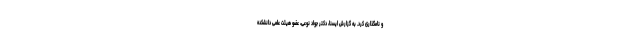
و نامگذاری کرد. به گزارش ایسنا، دکتر جواد نوعی، عضو هیئت علمی دانشکده